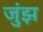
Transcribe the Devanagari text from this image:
जुंझ